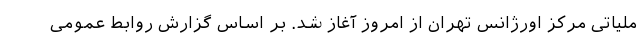
ملیاتی مرکز اورژانس تهران از امروز آغاز شد. بر اساس گزارش روابط عمومی